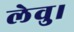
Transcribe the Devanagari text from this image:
लेवु।